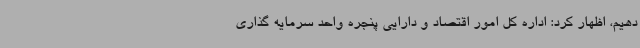
دهیم، اظهار کرد: اداره کل امور اقتصاد و دارایی پنجره واحد سرمایه گذاری